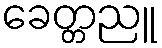
ခေတ္တညူ